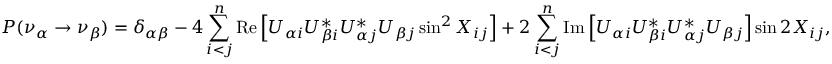
P ( \nu _ { \alpha } \rightarrow \nu _ { \beta } ) = \delta _ { \alpha \beta } - 4 \sum _ { i < j } ^ { n } \mathrm { R e } \left[ U _ { \alpha i } U _ { \beta i } ^ { * } U _ { \alpha j } ^ { * } U _ { \beta j } \sin ^ { 2 } X _ { i j } \right] + 2 \sum _ { i < j } ^ { n } \mathrm { I m } \left[ U _ { \alpha i } U _ { \beta i } ^ { * } U _ { \alpha j } ^ { * } U _ { \beta j } \right] \sin 2 X _ { i j } ,